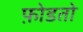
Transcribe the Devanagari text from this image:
फ़ोडतो